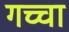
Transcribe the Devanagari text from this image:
गच्चा